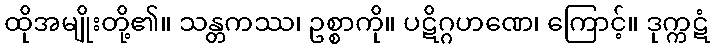
ထိုအမျိုးတို့၏။ သန္တကဿ၊ ဥစ္စာကို။ ပဋိဂ္ဂဟဏေ၊ ကြောင့်။ ဒုက္ကဋံ